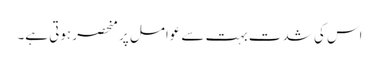
اس کی شدت بہت سے عوامل پر منحصر ہوتی ہے۔